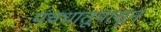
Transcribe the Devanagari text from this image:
पंचधातूपासून